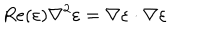
R e ( \varepsilon ) \nabla ^ { 2 } \varepsilon = \nabla \varepsilon \cdot \nabla \varepsilon